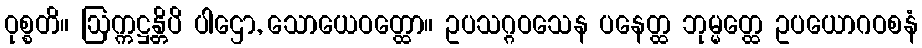
ဝုစ္စတိ။ ဩက္ကဋ္ဌန္တိပိ ပါဌော, သောယေဝတ္ထော။ ဥပသဂ္ဂဝသေန ပနေတ္ထ ဘုမ္မတ္ထေ ဥပယောဂဝစနံ